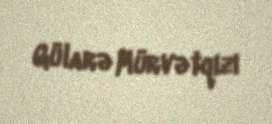
Gülarə Mürvətqızı